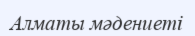
Алматы мәдениеті